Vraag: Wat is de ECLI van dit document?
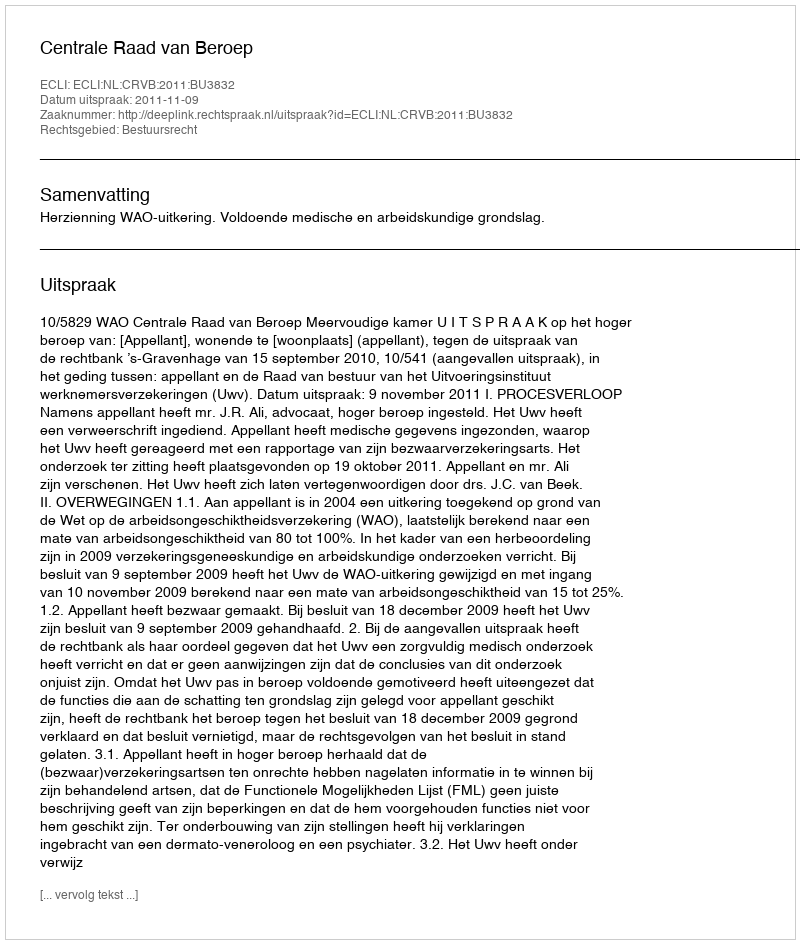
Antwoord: ECLI:NL:CRVB:2011:BU3832